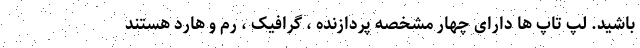
باشید. لپ تاپ ها دارای چهار مشخصه پردازنده ، گرافیک ، رم و هارد هستند